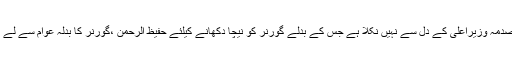
اور یہ صدمہ وزیراعلیٰ کے دل سے نہیں نکلا ہے جس کے بدلے گورنر کو نیچا دکھانے کیلئے حفیظ الرحمن ،گورنر کا بدلہ عوام سے لے رہا ہے۔